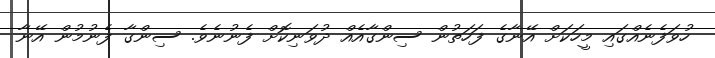
ހުވަފެނެއްގައި މީހަކަށް އޭނާގެ ފަހަތުން ސިންގާއެއް ދުވަނިކޮށް ފެނުނެވެ. ސިންގާ ފެނުމުން އޭނާ